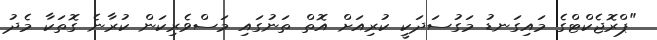
"ޕްރޮޖެކްޓްގެ މައިގަނޑު މަގުސަދަކީ ކުރިއަށް އޮތް ތަނުގައި މަސްވެރިކަން ކުރާނެ ގޮތަކާ މެދު